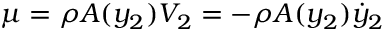
\mu = \rho A ( y _ { 2 } ) V _ { 2 } = - \rho A ( y _ { 2 } ) \dot { y } _ { 2 }